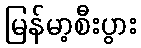
မြန်မာ့စီးပွား